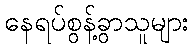
နေရပ်စွန့်ခွာသူများ